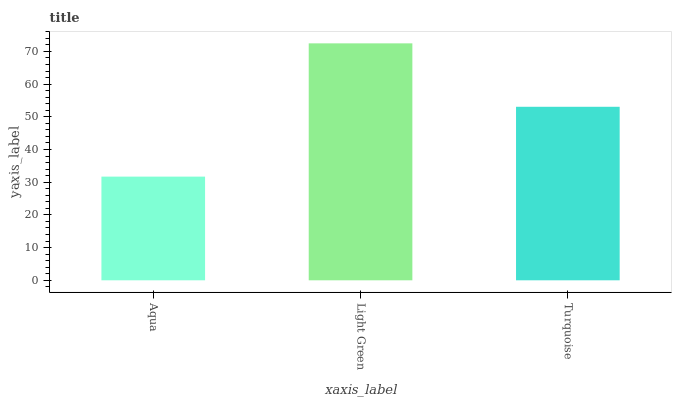
| xaxis_label | bars |
 | --- | --- |
 | Aqua | 31.7 |
 | Light Green | 72.5 |
 | Turquoise | 53.1 |